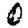
Digit: 0